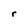
Character: r